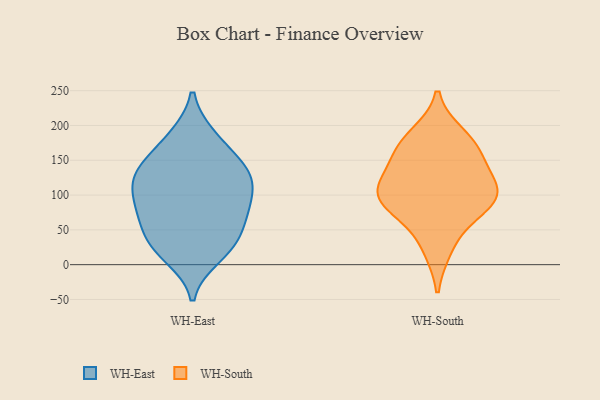
{"axis": {"x": "Active Users", "y": "Value"}, "legend": ["WH-East", "WH-South"], "data": [{"x": "", "y": 28, "type": "WH-East"}, {"x": "", "y": 142, "type": "WH-East"}, {"x": "", "y": 84, "type": "WH-East"}, {"x": "", "y": 54, "type": "WH-East"}, {"x": "", "y": 92, "type": "WH-East"}, {"x": "", "y": 146, "type": "WH-East"}, {"x": "", "y": 73, "type": "WH-East"}, {"x": "", "y": 183, "type": "WH-East"}, {"x": "", "y": 22, "type": "WH-East"}, {"x": "", "y": 184, "type": "WH-East"}, {"x": "", "y": 102, "type": "WH-East"}, {"x": "", "y": 127, "type": "WH-East"}, {"x": "", "y": 135, "type": "WH-East"}, {"x": "", "y": 33, "type": "WH-East"}, {"x": "", "y": 65, "type": "WH-East"}, {"x": "", "y": 110, "type": "WH-East"}, {"x": "", "y": 130, "type": "WH-East"}, {"x": "", "y": 12, "type": "WH-East"}, {"x": "", "y": 90, "type": "WH-South"}, {"x": "", "y": 67, "type": "WH-South"}, {"x": "", "y": 173, "type": "WH-South"}, {"x": "", "y": 160, "type": "WH-South"}, {"x": "", "y": 97, "type": "WH-South"}, {"x": "", "y": 145, "type": "WH-South"}, {"x": "", "y": 112, "type": "WH-South"}, {"x": "", "y": 23, "type": "WH-South"}, {"x": "", "y": 98, "type": "WH-South"}, {"x": "", "y": 186, "type": "WH-South"}, {"x": "", "y": 110, "type": "WH-South"}]}